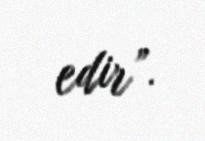
edir”.